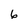
Character: 6